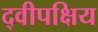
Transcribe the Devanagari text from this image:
द्वीपक्षिय